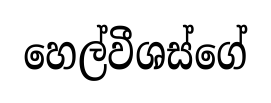
හෙල්වීශස්ගේ